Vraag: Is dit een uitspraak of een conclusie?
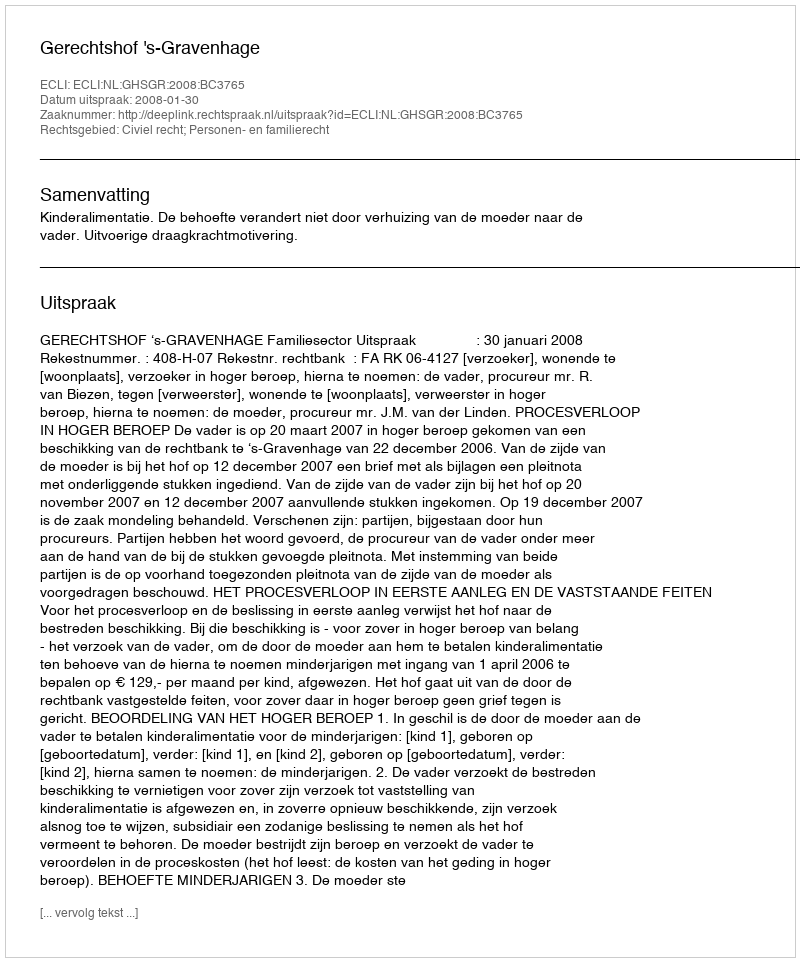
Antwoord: Uitspraak